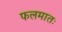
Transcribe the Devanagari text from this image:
फलमातः